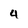
Character: 4